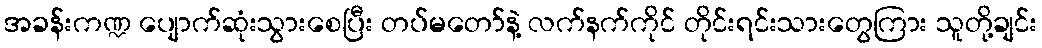
အခန်းကဏ္ဍ ပျောက်ဆုံးသွားစေပြီး တပ်မတော်နဲ့ လက်နက်ကိုင် တိုင်းရင်းသားတွေကြား သူတို့ချင်း